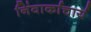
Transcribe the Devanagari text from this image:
निंवार्काचार्य